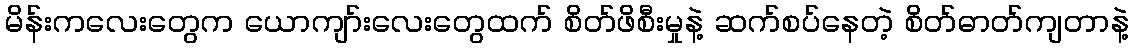
မိန်းကလေးတွေက ယောကျာ်းလေးတွေထက် စိတ်ဖိစီးမှုနဲ့ ဆက်စပ်နေတဲ့ စိတ်ဓာတ်ကျတာနဲ့